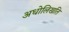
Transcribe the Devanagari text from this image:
अधोलिखति